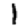
Digit: 1